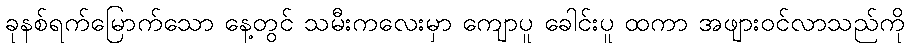
ခုနစ်ရက်မြောက်သော နေ့တွင် သမီးကလေးမှာ ကျောပူ ခေါင်းပူ ထကာ အဖျားဝင်လာသည်ကို